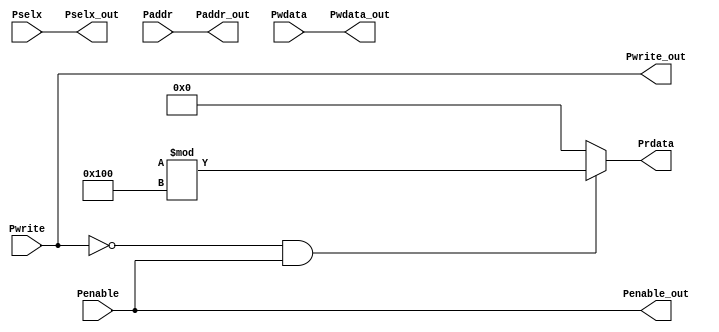
module apb_interface(Pwrite,Penable,Pselx,Paddr,Pwdata,Pwrite_out,Penable_out,Pselx_out,Paddr_out,Pwdata_out,Prdata);

input Pwrite,Penable;
input [2:0]Pselx;
input [31:0]Paddr,Pwdata;
output Pwrite_out,Penable_out;
output [2:0]Pselx_out;
output [31:0]Paddr_out,Pwdata_out;
output reg [31:0]Prdata;

assign Pwrite_out = Pwrite;
assign Penable_out = Penable;
assign Pselx_out = Pselx;
assign Paddr_out = Paddr;
assign Pwdata_out = Pwdata;

always@(*)
	begin
	if (!Pwrite && Penable)
	Prdata = {$random}%256;
	else Prdata = 32'h0;
	end

endmodule